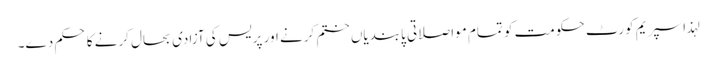
لہذا سپریم کورٹ حکومت کو تمام مواصلاتی پابندیاں ختم کرنے اور پریس کی آزادی بحال کرنے کا حکم دے۔